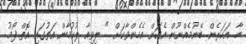
ހާ. އަހަރެން ބޭނުމެއްނޫން އެކަން އެހެންވާކަށް...." ލިވިއާ ލުކުމާން އަތުގައި އޮތް ފޯމު